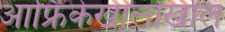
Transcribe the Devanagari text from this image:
आफ्रिकेखालोखाल